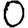
Digit: 0